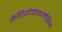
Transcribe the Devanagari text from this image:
कैरियोकाइनेसिस